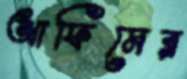
আফিমের